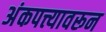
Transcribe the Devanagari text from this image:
अंकपत्त्यावरून